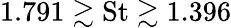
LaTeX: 1.791\gtrsim\textrm{St}\gtrsim 1.396